Civil Veterinary Department. United Provinces 1932-42 - 1932-1942
Year: 1932
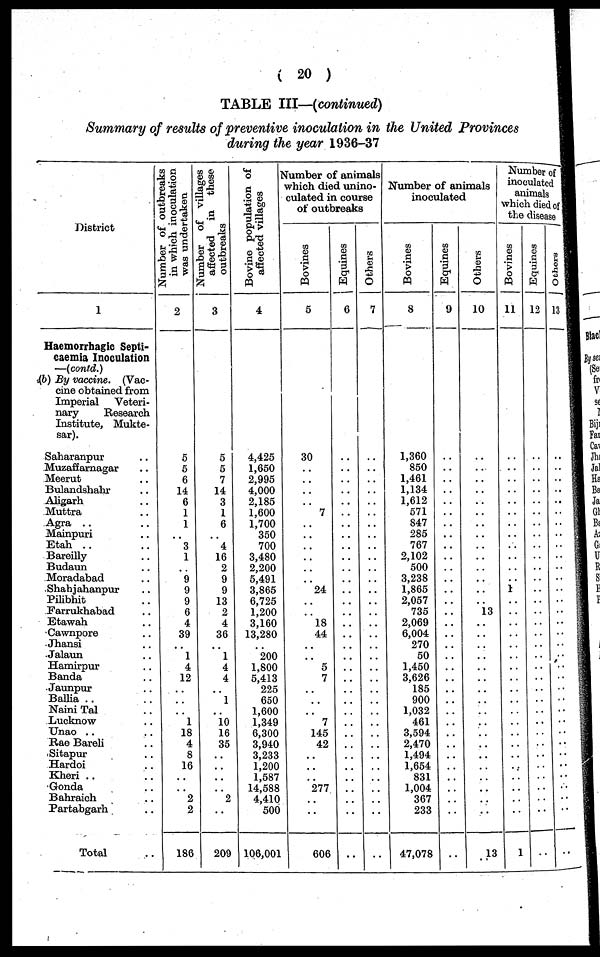
(20)
TABLE III—(continued)
Summary of results of preventive inoculation in the United Provinces
during the year 1936-37
District
1
Haemorrhagic Septi-
caemia Inoculation
—(contd.)
(6) By vaccine. (Vac-
cine obtained from
Imperial
Veteri-
nary
Research
Institute, Mukte-
sar).
Saharanpur ..
Muzaffarnagar ..
Meerut ..
Bulandshahr ..
Aligarh ..
Muttra ..
Agra .. ..
Mainpuri ..
Etah .. ..
Bareilly ..
Budaun ..
Moradabad ..
Shahjahanpur ..
Pilibhit ..
Farrukhabad ..
Etawah ..
Cawnpore ..
Jhansi ..
Jalaun ..
Hamirpur ..
Banda ..
Jaunpur ..
Ballia ..
Naini Tal ..
Lucknow ..
Unao .. ..
Rae Bareli ..
Sitapur ..
Hardoi ..
Kheri ..
Gonda ..
Bahraich ..
Partabgarh ..
Total ..
Number of outbreaks
in which inoculation
was undertaken
2
5
5
6
14
6
1
1
..
3
1
..
9
9
9
6
4
39
..
1
4
12
..
..
..
1
18
4
8
16
..
..
2
2
186
Number of villages
affected in these
outbreaks
3
5
5
7
14
3
1
6
..
4
16
2
9
9
13
2
4
36
..
1
4
4
..
1
..
10
16
35
..
..
..
..
2
..
209
Bovine population of
affected villages
4
4,425
1,650
2,995
4,000
2,185
1,600
1,700
350
700
3,480
2,200
5,491
3,865
6,725
1,200
3,160
13,280
200
1,800
5,413
225
650
1,600
1,349
6,300
3,940
3,233
1,200
1,587
14,588
4,410
500
106,001
Number of animals
which died unino-
culated in course
of outbreaks
Bovines
5
30
..
..
..
..
7
..
..
..
..
..
..
24
..
..
18
44
..
..
5
7
..
..
..
7
145
42
..
..
..
277
..
..
606
Equines
6
..
..
..
..
..
..
..
..
..
..
..
..
..
..
..
..
..
..
..
..
..
..
..
..
..
..
..
..
..
..
..
..
..
..
Others
7
..
..
..
..
..
..
..
..
..
..
..
..
..
..
..
..
..
..
..
..
..
..
..
..
..
..
..
..
..
..
..
..
..
..
Number of animals
inoculated
Bovines
8
1,360
850
1,461
1,134
1,612
571
847
285
767
2,102
500
3,238
1,865
2,057
735
2,069
6,004
270
50
1,450
3,626
185
900
1,032
461
3,594
2,470
1,494
1,654
831
1,004
367
233
47,078
Equines
9
..
..
..
..
..
..
..
..
..
..
..
..
..
..
..
..
..
..
..
..
..
..
..
..
..
..
..
..
..
..
..
..
..
..
Others
10
..
..
..
..
..
..
..
..
..
..
..
..
..
..
13
..
..
..
..
..
..
..
..
..
..
..
..
..
..
..
..
..
..
13
Number of
inoculated
animals
which died of
the disease
Bovines
11
..
..
..
..
..
..
..
..
..
..
..
..
1
..
..
..
..
..
..
..
..
..
..
..
..
..
..
..
..
..
..
..
..
1
Equines
12
..
..
..
..
..
..
..
..
..
..
..
..
..
..
..
..
..
..
..
..
..
..
..
..
..
..
..
..
..
..
..
..
..
..
Others
13
..
..
..
..
..
..
..
..
..
..
..
..
..
..
..
..
..
..
..
..
..
..
..
..
..
..
..
..
..
..
..
..
..
..